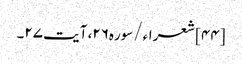
[۴۴] شعراء/سوره۲۶، آیت ۲۷۔